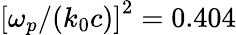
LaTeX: {\left[\omega_{p}/{\left(k_{0}c\right)}\right]}^{2}=0.404